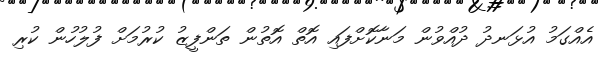
އެއްގަމު އުޅަނދު ދުއްވުން މަނާކޮށްފައި އޮތް އޮތުން ތަންފީޒު ކުރުމަށް ފުލުހުން ކުރި